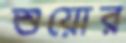
শুয়োর